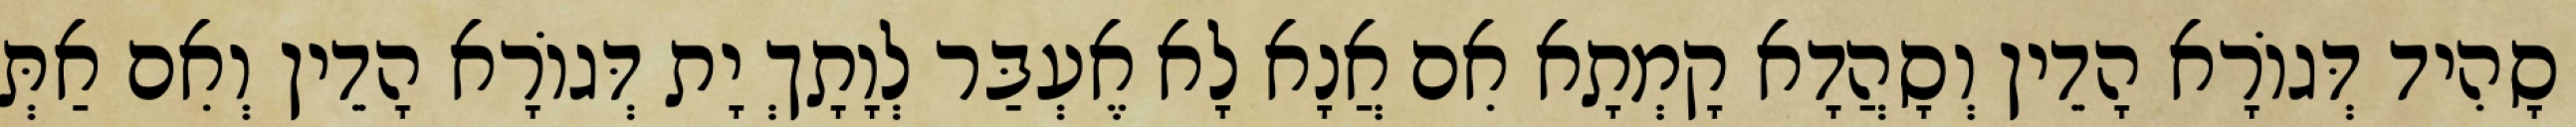
סָהִיד דְּגוֹרָא הָדֵין וְסָהֲדָא קָמְתָא אִם אֲנָא לָא אֶעְבַּר לְוָתָךְ יָת דְּגוֹרָא הָדֵין וְאִם אַתְּ